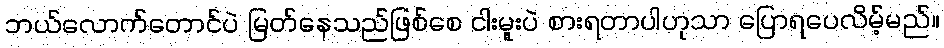
ဘယ်လောက်တောင်ပဲ မြတ်နေသည်ဖြစ်စေ ငါးမူးပဲ စားရတာပါဟုသာ ပြောရပေလိမ့်မည်။